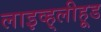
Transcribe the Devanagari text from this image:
लाइव्ह्‌लीहूड